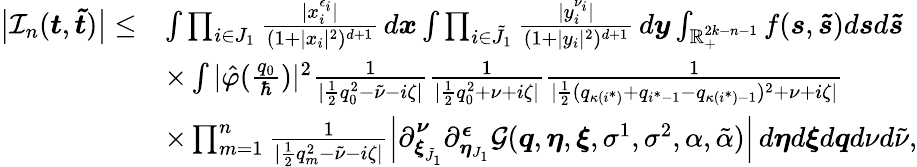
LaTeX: \begin{array}{rl}{\big|\mathcal{I}_{n}(\boldsymbol{t},\boldsymbol{\tilde{t}})\big|\leq}&{\int\prod_{i\in J_{1}}\frac{|x_{i}^{\epsilon_{i}}|}{(1+|x_{i}|^{2})^{d+1}}\, d\boldsymbol{x}\int\prod_{i\in\tilde{J}_{1}}\frac{|y_{i}^{\nu_{i}}|}{(1+|y_{i}|^{2})^{d+1}}\, d\boldsymbol{y}\int_{\mathbb{R}_{+}^{2k-n-1}}f(\boldsymbol{s},\boldsymbol{\tilde{s}})d\boldsymbol{s}d\boldsymbol{\tilde{s}}}\\ &{\times\int|\hat{\varphi}(\frac{q_{0}}{\hbar})|^{2}\frac{1}{|\frac{1}{2}q_{0}^{2}-\tilde{\nu}-i\zeta|}\frac{1}{|\frac{1}{2}q_{0}^{2}+\nu+i\zeta|}\frac{1}{|\frac{1}{2}(q_{\kappa(i^{*})}+q_{i^{*}-1}-q_{\kappa(i^{*})-1})^{2}+\nu+i\zeta|}}\\ &{\times\prod_{m=1}^{n}\frac{1}{|\frac{1}{2}q_{m}^{2}-\tilde{\nu}-i\zeta|}\Big|\partial_{\boldsymbol{\xi}_{\tilde{J}_{1}}}^{\boldsymbol{\nu}}\partial_{\boldsymbol{\eta}_{J_{1}}}^{\boldsymbol{\epsilon}}\mathcal{G}(\boldsymbol{q},\boldsymbol{\eta},\boldsymbol{\xi},\sigma^{1},\sigma^{2},\alpha,\tilde{\alpha})\Big|\, d\boldsymbol{\eta}d\boldsymbol{\xi}d\boldsymbol{q}d\nu d\tilde{\nu},}\end{array}